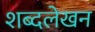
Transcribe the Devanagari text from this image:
शब्दलेखन